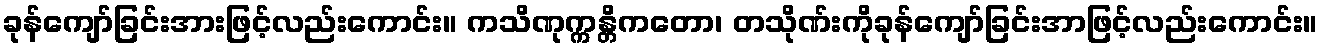
ခုန်ကျော်ခြင်းအားဖြင့်လည်းကောင်း။ ကသိဏုက္ကန္တိကတော၊ တသိုဏ်းကိုခုန်ကျော်ခြင်းအာဖြင့်လည်းကောင်း။